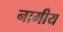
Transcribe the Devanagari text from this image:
नामीय